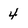
Character: 4